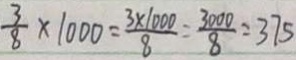
\frac { 3 } { 8 } \times 1 0 0 0 = \frac { 3 \times 1 0 0 0 } { 8 } = \frac { 3 0 0 0 } { 8 } = 3 7 5